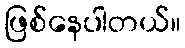
ဖြစ်နေပါတယ်။